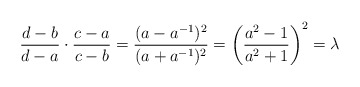
\begin{align*}\frac{d-b}{d-a} \cdot \frac{c-a}{c-b} = \frac{(a-a^{-1})^2}{(a+a^{-1})^2} = \left( \frac{a^2-1}{a^2+1} \right)^2 = \lambda\end{align*}